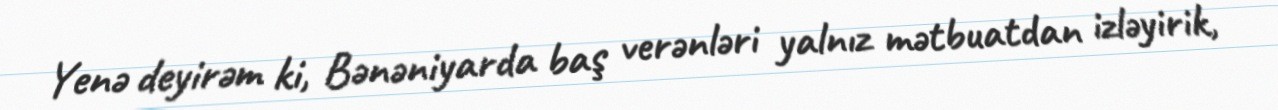
Yenə deyirəm ki, Bənəniyarda baş verənləri yalnız mətbuatdan izləyirik,